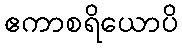
ဧကာစရိယောပိ